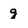
Character: g